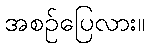
အစဉ်ပြေလား။